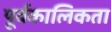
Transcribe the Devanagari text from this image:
पूर्वकालिकता